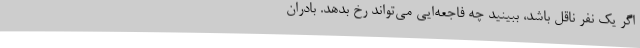
اگر یک نفر ناقل باشد، ببینید چه فاجعه‌ایی می‌تواند رخ بدهد. بادران